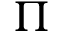
\Pi